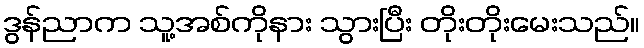
ဒွန်ညာက သူ့အစ်ကိုနား သွားပြီး တိုးတိုးမေးသည်။